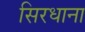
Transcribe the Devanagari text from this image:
सिरधाना